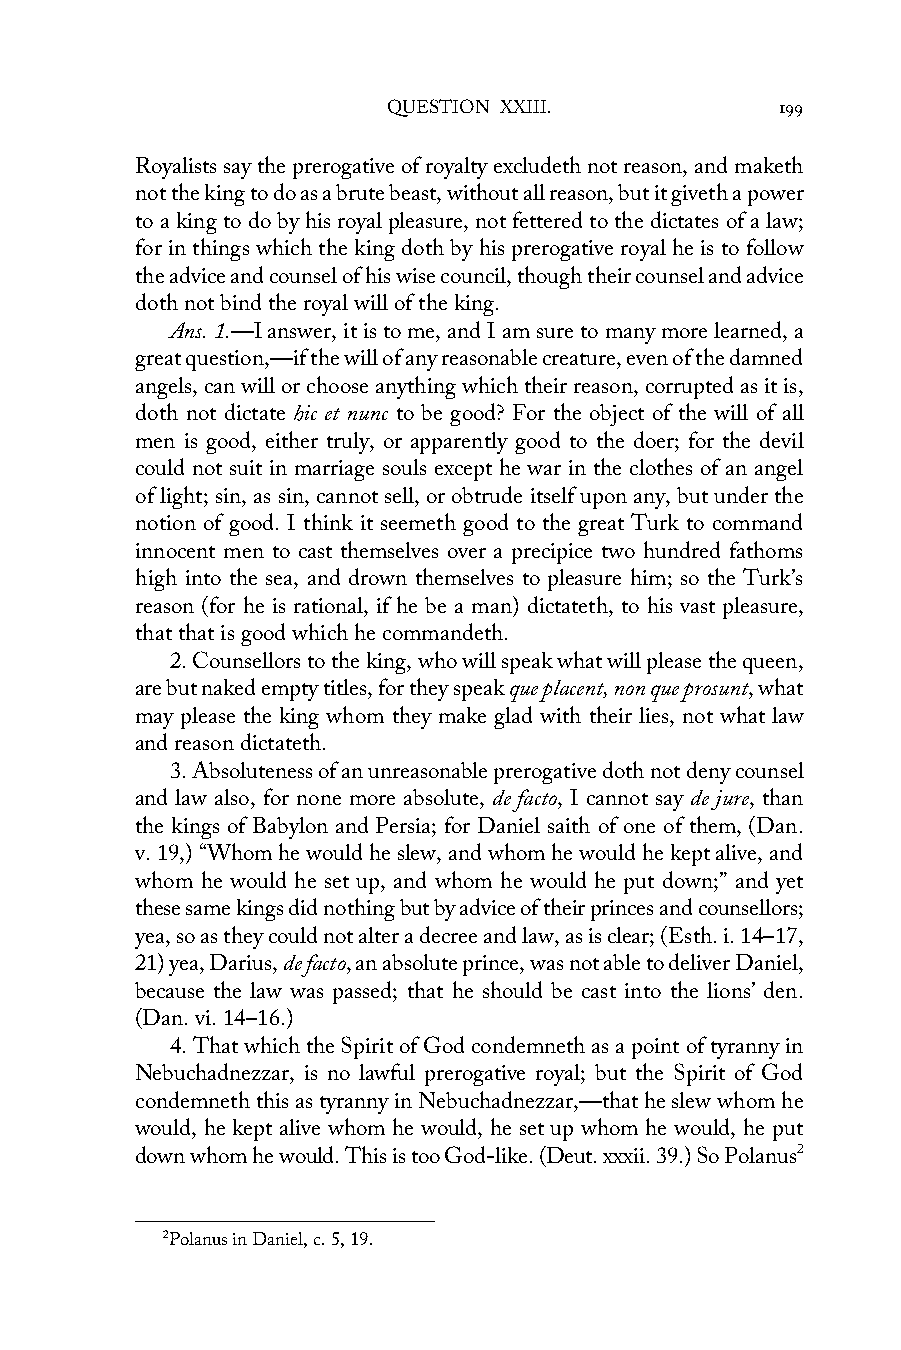
QUESTION XXIII.           199
 Royalists say the prerogative of royalty excludeth not reason, and maketh
 not the king to do as a brute beast, without all reason, but it giveth a power
 to a king to do by his royal pleasure, not fettered to the dictates of a law;
 for in things which the king doth by his prerogative royal he is to follow
 the advice and counsel of his wise council, though their counsel and advice
 doth not bind the royal will of the king.
 Ans. 1.—I answer, it is to me, and I am sure to many more learned, a
 great question,—if the will of any reasonable creature, even of the damned
 angels, can will or choose anything which their reason, corrupted as it is,
 doth not dictate hic et nunc to be good? For the object of the will of all
 men is good, either truly, or apparently good to the doer; for the devil
 could not suit in marriage souls except he war in the clothes of an angel
 of light; sin, as sin, cannot sell, or obtrude itself upon any, but under the
 notion of good. I think it seemeth good to the great Turk to command
 innocent men to cast themselves over a precipice two hundred fathoms
 high into the sea, and drown themselves to pleasure him; so the Turk’s
 reason (for he is rational, if he be a man) dictateth, to his vast pleasure,
 that that is good which he commandeth.
 2. Counsellors to the king, who will speak what will please the queen,
 are but naked empty titles, for they speak que placent, non que prosunt, what
 may please the king whom they make glad with their lies, not what law
 and reason dictateth.
 3. Absoluteness of an unreasonable prerogative doth not deny counsel
 and law also, for none more absolute, de facto, I cannot say de jure, than
 the kings of Babylon and Persia; for Daniel saith of one of them, (Dan.
 v. 19,) “Whom he would he slew, and whom he would he kept alive, and
 whom he would he set up, and whom he would he put down;” and yet
 these same kings did nothing but by advice of their princes and counsellors;
 yea, so as they could not alter a decree and law, as is clear; (Esth. i. 14–17,
 21) yea, Darius, de facto, an absolute prince, was not able to deliver Daniel,
 because the law was passed; that he should be cast into the lions’ den.
 (Dan. vi. 14–16.)
 4. That which the Spirit of God condemneth as a point of tyranny in
 Nebuchadnezzar, is no lawful prerogative royal; but the Spirit of God
 condemneth this as tyranny in Nebuchadnezzar,—that he slew whom he
 would, he kept alive whom he would, he set up whom he would, he put
 down whom he would. This is too God-like. (Deut. xxxii. 39.) So Polanus2
 2Polanus in Daniel, c. 5, 19.